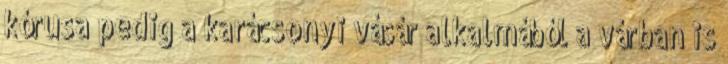
kórusa pedig a karácsonyi vásár alkalmából a várban is